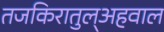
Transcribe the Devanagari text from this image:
तजकिरातुल्अहवाल